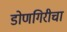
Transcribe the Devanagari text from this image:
डोणगिरीचा